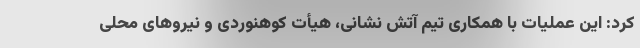
کرد: این عملیات با همکاری تیم آتش نشانی، هیأت کوهنوردی و نیروهای محلی